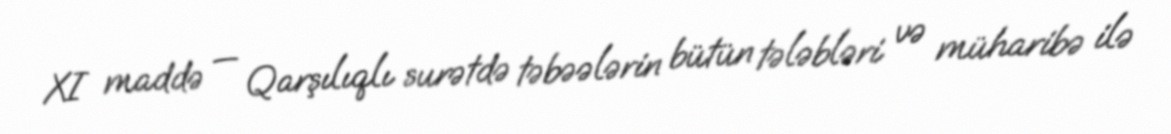
XI maddə — Qarşılıqlı surətdə təbəələrin bütün tələbləri və müharibə ilə